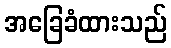
အခြေခံထားသည်